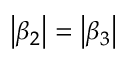
\left| \beta _ { 2 } \right| = \left| \beta _ { 3 } \right|